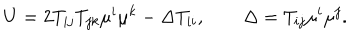
LaTeX: U = 2 T _ { i j } T _ { j k } \mu ^ { i } \mu ^ { k } - \Delta T _ { i i } , \qquad \Delta = T _ { i j } \mu ^ { i } \mu ^ { j } .